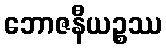
ဘောဇနီယဉ္စဿ